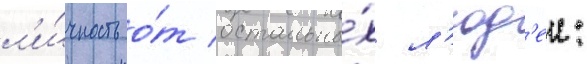
л'и́чность о́т остальны́х л'юд'еи: